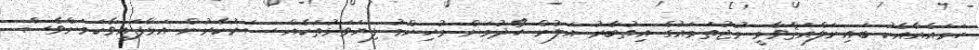
ހަމައެއާއެކު ބައިނަލްއަޤްވާމީ މުޖުތަމައުގެ އިތުބާރު އަލުން ހޯދުމަށް މުހިންމު ފިޔަވަޅުތަކެއް ސަރުކާރުން އަޅާފައިވާކަމަށްވެސް